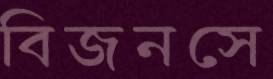
বিজনসে